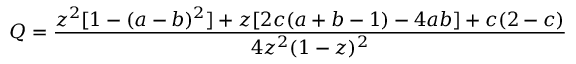
Q = { \frac { z ^ { 2 } [ 1 - ( a - b ) ^ { 2 } ] + z [ 2 c ( a + b - 1 ) - 4 a b ] + c ( 2 - c ) } { 4 z ^ { 2 } ( 1 - z ) ^ { 2 } } }